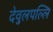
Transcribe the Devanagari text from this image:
देवुलपल्लि